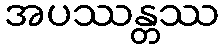
အပဿန္တဿ